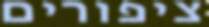
ציפורים